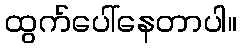
ထွက်ပေါ်နေတာပါ။